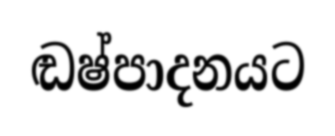
ඬෂ්පාදනයට